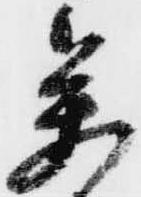
参